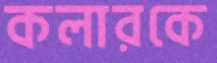
কলারকে